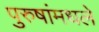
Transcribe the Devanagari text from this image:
पुरुषांमधले